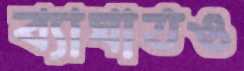
ব্যাঘাতও